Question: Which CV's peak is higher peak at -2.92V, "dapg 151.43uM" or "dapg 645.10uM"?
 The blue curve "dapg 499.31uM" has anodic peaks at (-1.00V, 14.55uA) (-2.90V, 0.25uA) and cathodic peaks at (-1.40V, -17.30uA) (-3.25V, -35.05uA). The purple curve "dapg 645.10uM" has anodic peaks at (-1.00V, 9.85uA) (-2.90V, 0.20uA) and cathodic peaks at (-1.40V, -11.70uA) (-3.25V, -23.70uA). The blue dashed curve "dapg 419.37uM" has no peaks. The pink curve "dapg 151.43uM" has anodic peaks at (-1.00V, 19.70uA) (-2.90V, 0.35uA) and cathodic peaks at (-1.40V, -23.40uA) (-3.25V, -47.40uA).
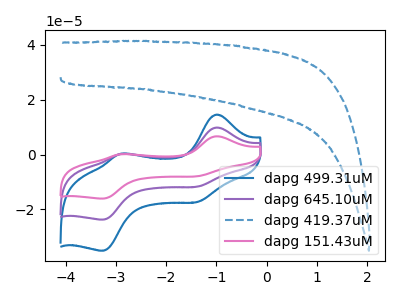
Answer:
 <answer>The peak at -2.92V is higher in "dapg 151.43uM" than in "dapg 645.10uM".</answer>
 <eval>higher</eval>